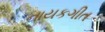
નાયકગીત